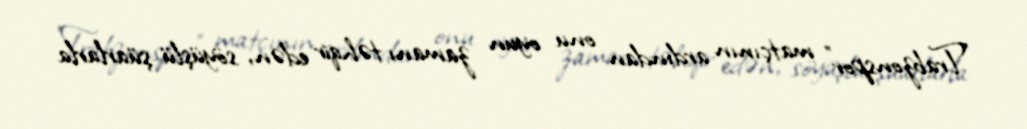
"Trabzonspor" matçının ardından onu oyun zamanı təhqir edən, söyüşlü şüarlarla